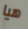
هيا